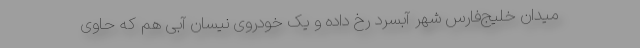
میدان خلیج‌فارس شهر آبسرد رخ داده و یک خودروی نیسان آبی هم که حاوی